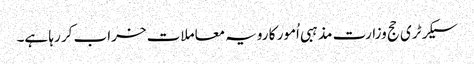
سیکرٹری حج وزارت مذہبی اُمور کا رویہ معاملات خراب کر رہا ہے۔